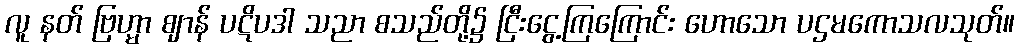
လူ နတ် ဗြဟ္မာ ဈာန် ပဋိပဒါ သညာ စသည်တို့၌ ငြီးငွေ့ကြကြောင်း ဟောသော ပဌမကောသလသုတ်။